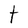
Character: t